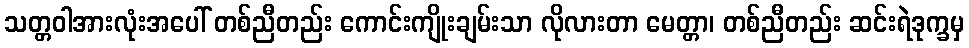
သတ္တဝါအားလုံးအပေါ် တစ်ညီတည်း ကောင်းကျိုးချမ်းသာ လိုလားတာ မေတ္တာ၊ တစ်ညီတည်း ဆင်းရဲဒုက္ခမှ